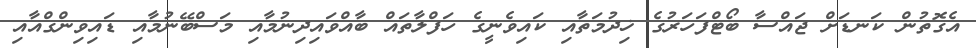
އެގޮތުން ކަނޑަށް ޖައްސާ ބޯޓްފަހަރުގެ ޚިދުމަތާއި ކައިވެނީގެ ހަފްލާތައް ބާއްވައިދިނުމާއި މަސްބޭނުމާއި ޑައިވިންގްއާއި